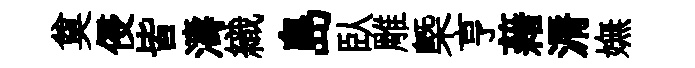
奠侵皆濤織島臥雕㮣亨藉漘嫵